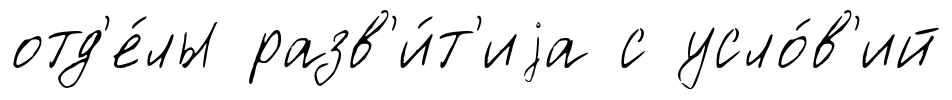
отд'е́лы разв'и́т'иjа с усло́в'ий